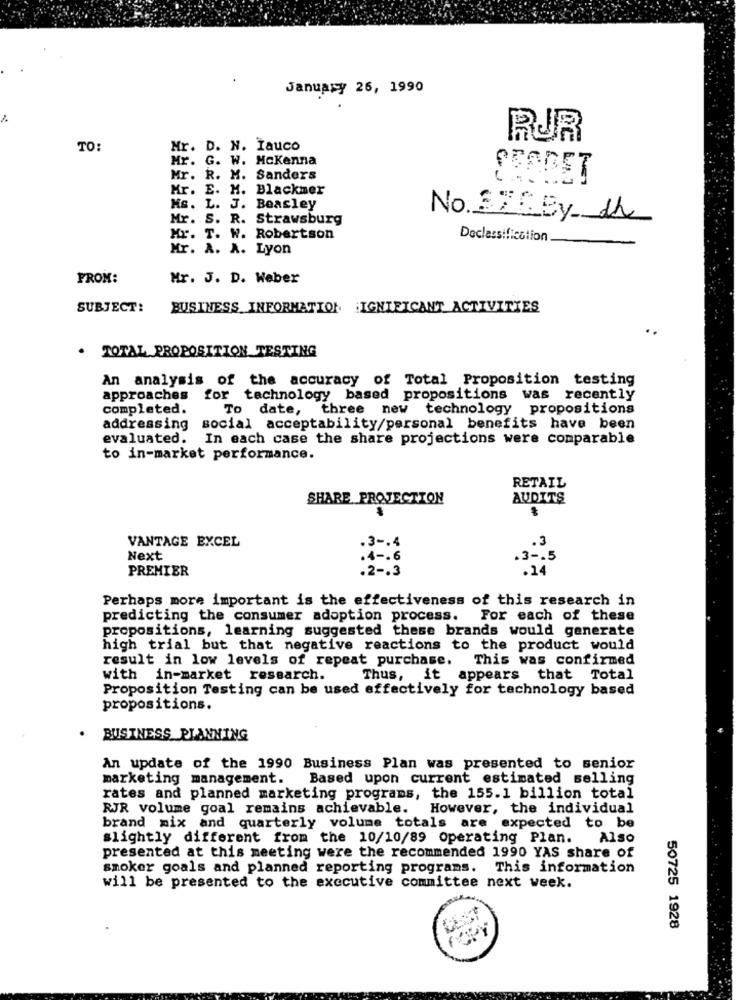
January 26, 1990
RUR
TO:
Mr. D. N. Iauco
Mr. G. W. Mckenna
Mr. R. M. Sanders
SEADET
Mr. E. M. Blackmer
Ms. L. J. Beasley
Mr. S. R. Strawsburg
No 370By th
Mr. T. W. Robertson
Declassification
Mr. A. A. Lyon
FROM:
Mr. J. D. Weber
SUBJECT:
BUSINESS INFORMATION IGNIFICANT ACTIVITIES
. TOTAL PROPOSITION TESTING
An analysis of the accuracy of Total Proposition testing
approaches for technology based propositions was recently
completed.
To date, three new technology propositions
addressing social acceptability/personal benefits have been
evaluated. In each case the share projections were comparable
to in-market performance.
RETAIL
SHARE PROJECTION
AUDITS
.3
VANTAGE EXCEL
.3 -. 4
Next
.4 -. 6
.3 -. 5
PREMIER
.2 -. 3
.14
Perhaps more important is the effectiveness of this research in
predicting the consumer adoption process. For each of these
propositions, learning suggested these brands would generate
high trial but that negative reactions to the product would
result in low levels of repeat purchase.
This was confirmed
with in-market research.
Thus, it appears that Total
Proposition Testing can be used effectively for technology based
propositions.
BUSINESS PLANNING
An update of the 1990 Business Plan was presented to senior
marketing management.
Based upon current estimated selling
rates and planned marketing programs, the 155.1 billion total
RJR volume goal remains achievable. However, the individual
brand mix and quarterly volume totals are expected to be
slightly different from the 10/10/89 Operating Plan.
Also
presented at this meeting were the recommended 1990 YAS share of
smoker goals and planned reporting programs. This information
will be presented to the executive committee next week.
50725 1928